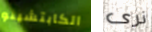
الكابتشينو نرى